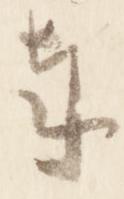
奉